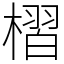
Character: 槢